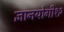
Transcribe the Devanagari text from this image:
ज्ञानयोगी१२